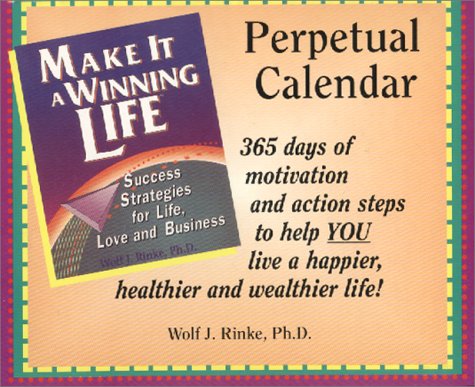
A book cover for Make It a Winning Life Perpetual Calendar; Wolf J. Rinke PhD; Calendars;